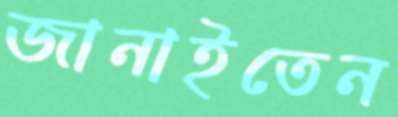
জানাইতেন